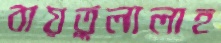
বায়তুলালাহ